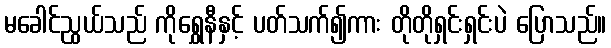
မခေါင်ညွယ်သည် ကိုရွှေနီနှင့် ပတ်သက်၍ကား တိုတိုရှင်းရှင်းပဲ ပြောသည်။